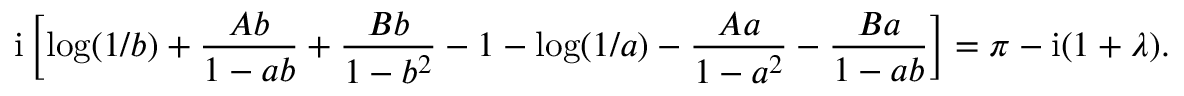
\mathrm { i } \left[ \log ( 1 / b ) + { \frac { A b } { 1 - a b } } + { \frac { B b } { 1 - b ^ { 2 } } } - 1 - \log ( 1 / a ) - { \frac { A a } { 1 - a ^ { 2 } } } - { \frac { B a } { 1 - a b } } \right] = \pi - \mathrm { i } ( 1 + \lambda ) .